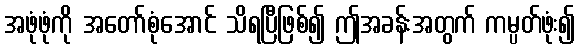
အဖုံဖုံကို အတော်စုံအောင် သိရပြီဖြစ်၍ ဤအခန်းအတွက် ကမ္ပတ်ဖုံး၍